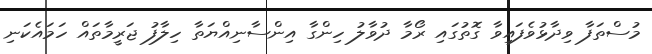
މުސްތަފާ ވިދާޅުވެފައިވާ ގޮތުގައި ރޯމާ ދުވާލު ހިންގާ އިންސާނިއްޔަތާ ހިލާފު ޖަރީމާތައް ހަމައެކަނި